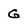
Character: G